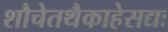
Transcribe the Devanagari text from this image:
शौचेतथैकाहेसद्यः